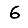
Digit: 6